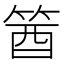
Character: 𥭛